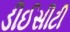
ડીઈસીટી